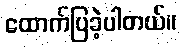
ထောက်ပြခဲ့ပါတယ်။